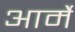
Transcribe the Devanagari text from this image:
आर्मे